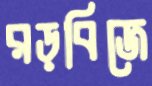
রড়বিজে